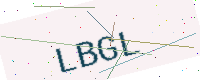
Text: LBGL